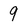
Character: 9